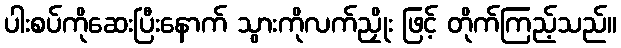
ပါးစပ်ကိုဆေးပြီးနောက် သွားကိုလက်ညှိုး ဖြင့် တိုက်ကြည့်သည်။